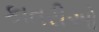
કાતરીઓ